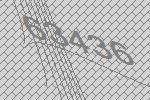
63436